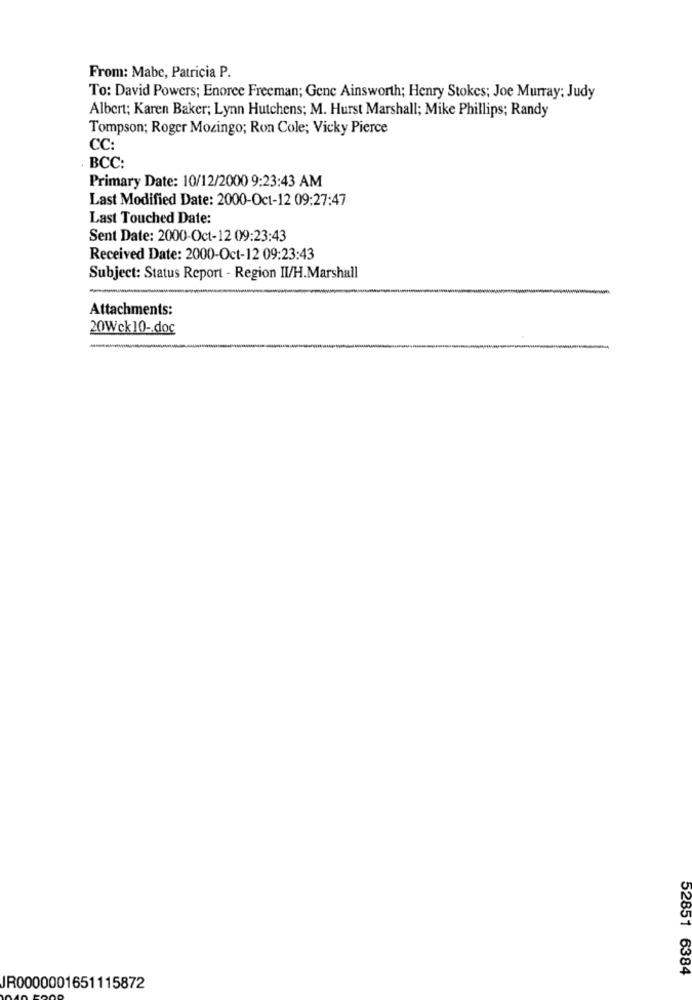
From: Mabe, Patricia P.
To: David Powers; Enoree Freeman; Gene Ainsworth; Henry Stokes; Joe Murray; Judy
Albert; Karen Baker; Lynn Hutchens; M. Hurst Marshall; Mike Phillips; Randy
Tompson; Roger Mozingo; Ron Cole; Vicky Pierce
CC:
BCC:
Primary Date: 10/12/2000 9:23:43 AM
Last Modified Date: 2000-Oct-12 09:27:47
Last Touched Date:
Sent Date: 2000-Oct-12 09:23:43
Received Date: 2000-Oct-12 09:23:43
Subject: Status Report - Region II/H.Marshall
Attachments:
20Wck10- doc
52851 6384
IR0000001651115872